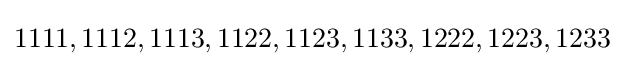
1111,1112,1113,1122,1123,1133,1222,1223,1233